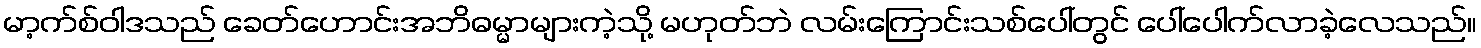
မာ့က်စ်ဝါဒသည် ခေတ်ဟောင်းအဘိဓမ္မာများကဲ့သို့ မဟုတ်ဘဲ လမ်းကြောင်းသစ်ပေါ်တွင် ပေါ်ပေါက်လာခဲ့လေသည်။